Leningradi_Edasi_toimetus, lk 20
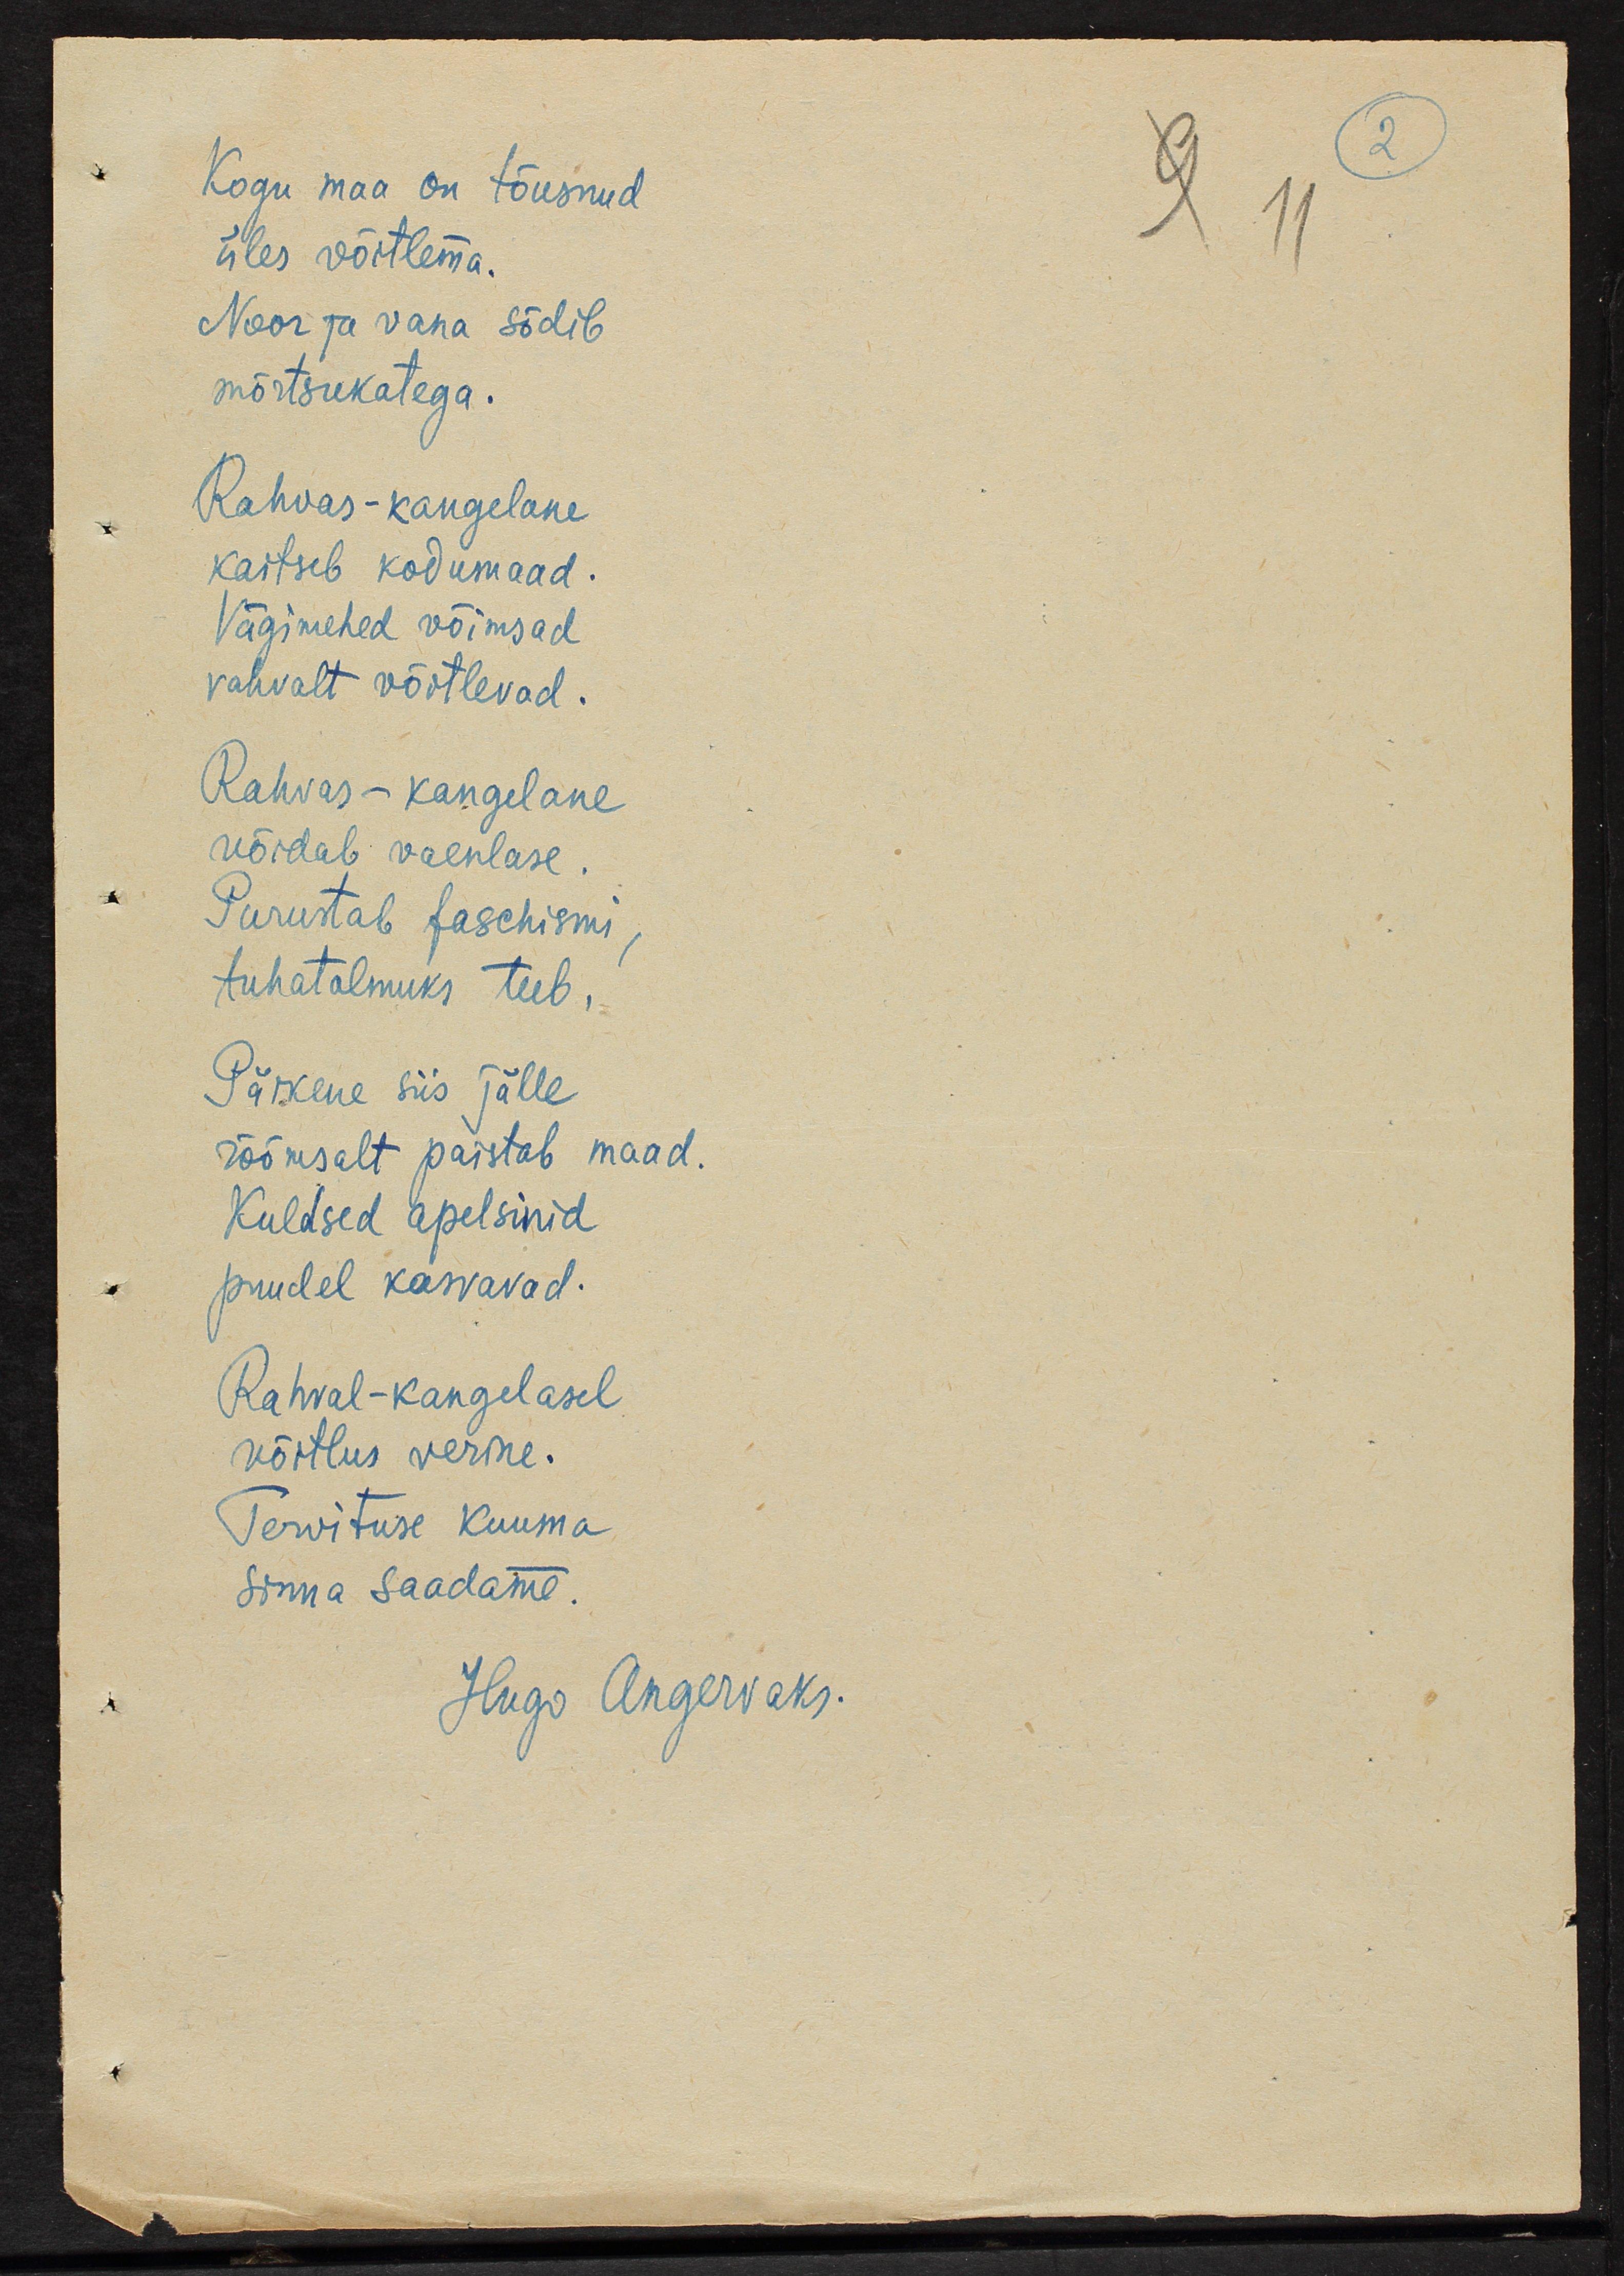
Kogu maa on tõusnud
üles võitlema.
Noor ja vana sõdib
mõrtsukatega.
Rahvas-kangelane
kaitseb kodumaad.
Vägimehed võimsad
vahvalt võitlevad.
Rahvas-kangelane
võidab vaenlase
Purustab faschismi
tuhatolmuks teeb.
Päikene siis jälle
rõõmsalt paistab maad.
Kuldsed apelsinid
puudel kasvavad.
Rahval-kangelasel
võitlus verine.
Tervituse kuuma
sinna saadame.
Hugo Angervaks.